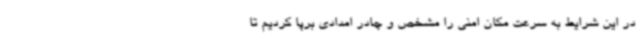
در این شرایط به سرعت مکان امنی را مشخص و چادر امدادی برپا کردیم تا